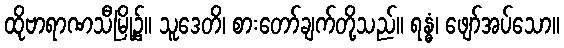
ထိုဗာရာဏသီမြို့၌။ သူဒေတိ၊ စားတော်ချက်တို့သည်။ ရန္ဓံ၊ ဖျော်အပ်သော။